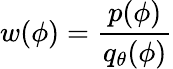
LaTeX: w(\phi)=\frac{p(\phi)}{q_{\theta}(\phi)}